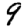
Digit: 9